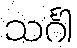
သင်္ဂါ